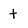
Character: t